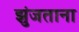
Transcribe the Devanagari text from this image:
झुंजताना